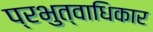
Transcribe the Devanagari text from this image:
प्रभुत्वाधिकार